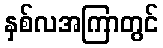
နှစ်လအကြာတွင်